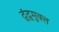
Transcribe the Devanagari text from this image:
द्वंद्वमुक्त